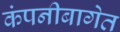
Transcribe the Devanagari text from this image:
कंपनीबागेत